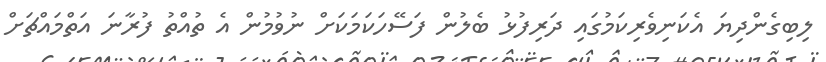
ލިބިގެންދިޔަ އެކަނިވެރިކަމުގައި ދަރިފުޅު ބެލުން ފަސޭހަކަމަކަށް ނުވުމުން އެ ތުއްތު ފުރާނަ އަތްމައްޗަށް